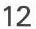
12